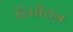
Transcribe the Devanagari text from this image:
डिसीसज़